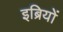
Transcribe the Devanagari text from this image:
इब्रियों